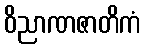
ဝိညာဏဇာတိကံ